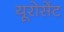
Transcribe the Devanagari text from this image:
यूरोसेंट